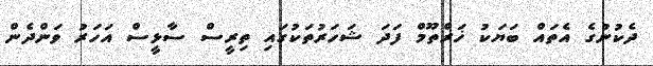
ދެކުނުގެ އެތައް ބަޔަކު ޚަރްތޫމް ފަދަ ޝަހަރުތަކުގައި ތިރީސް ސާޅީސް އަހަރު ވަންދެން